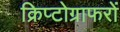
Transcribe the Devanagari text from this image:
क्रिप्टोग्राफरों